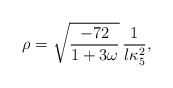
\begin{align*}\rho =\sqrt{\frac{-72}{1+3\omega}}\, \frac{1}{l \kappa_5^2},\end{align*}